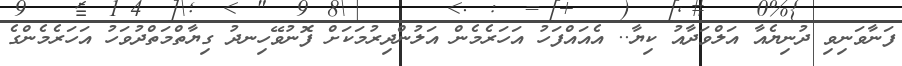
ފަނާވަނިވި ދުނިޔެއާ އަލްވަދާއު ކިޔާ.. އެއައްފަހު އަހަރެމެން އަލުންދިރުމަކަށް ފޮނުވޭހިނދު ގިޔާތްމަތްދުވަހު އަހަރެމެންގެ